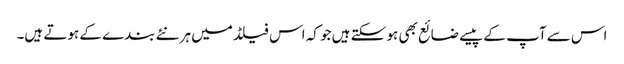
اس سے آپ کے پیسے ضائع بھی ہو سکتے ہیں جو کہ اس فیلڈ میں ہر نئے بندے کے ہوتے ہیں۔